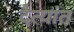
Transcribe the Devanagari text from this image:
दैत्यांत